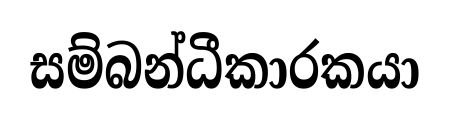
සම්බන්ධීකාරකයා